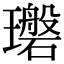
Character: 𪼪